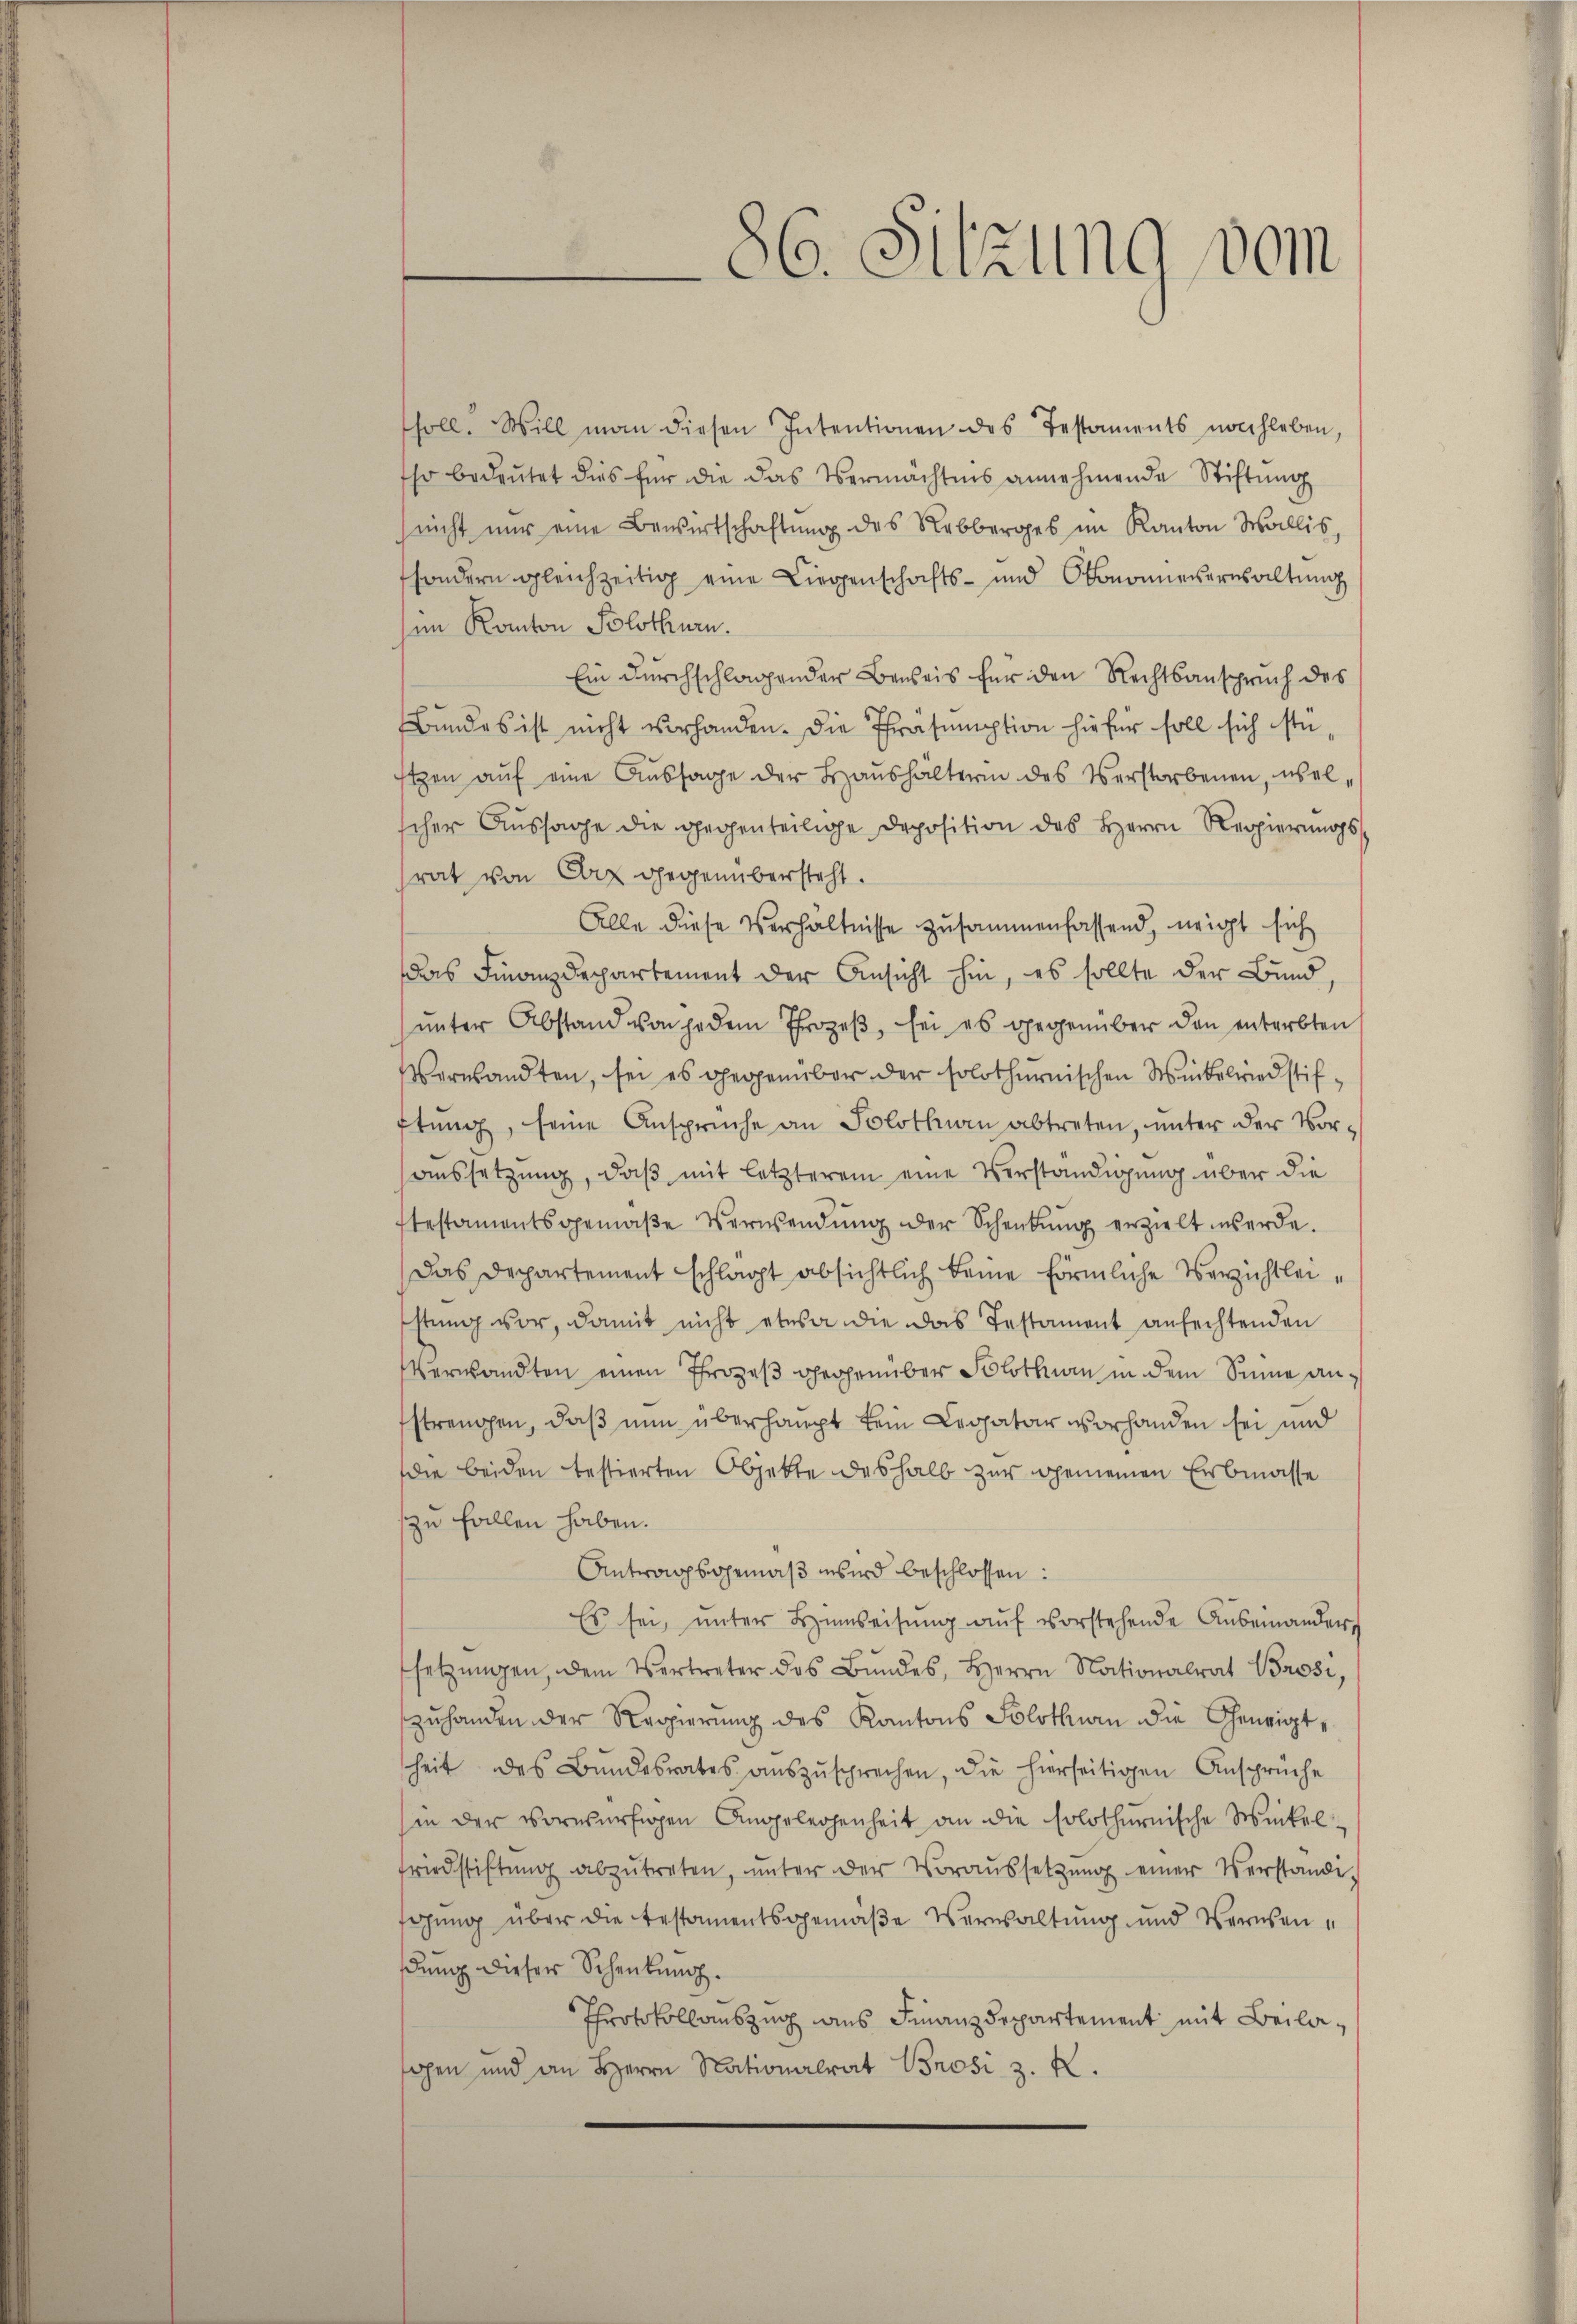
86. Sitzung vom

soll. Will man diesen Intentionen des Testaments nochleben,
Ihr bedeutet dies für die das Vermächtnis annehmende Stiftung
(nicht nur eine Bewirtschaftung des Rebberges im Kanton Wallis,
sondern gleichzeitig eine Liegenschafts- und Okonomie ernsaltung
sin Kanton Solothurn.
Ein durchschlagender Beweis für den Rechtsanspruch des
Bundes ist nicht vorhanden. Die Präsumption hiefür soll sich stetzen aŭf eine Aussage der Haushälterin des Verstorbenen, welscher Aussage die gegenteilige Deposition des Herrn Regierungssrat von Arz gegenübersteht.
Alle diese Verhältnisse zusammenfassend, neigt sich
das Finanzdepartement der Ansicht hin, es sollte der Bund
ŭnter Abstand von jedem Prozeβ, sei es gegenüber den enterbten
Verwandten, sei es gegenüber der solothurnischen Winkelriedstifftung, seine Ansprüche an Solothurn abtreten, unter der Voraussetzung, daß mit letzterem eine Verständigung über die
testamentsgemäβe Verwendŭng der Schenbŭng erzielt werde.
Das Departement schlagt absichtlich keine förmliche Verzichtleisstung vor, damit nicht etwa die das Testament anfechtenden
Verwandten einen Prozeß gegenüber Solothurn in dem Sinne anstrengen, daß nun überhaupt kein Legatar vorhanden sei und
die beiden testierten Objekte deshalb zur gemeinen Erbmasse
zu fallen haben.
Antragsgemäβ wird beschlossen:
Es sei, ŭnter Hinweisŭng aŭf vorstehende Auseinander
setzŭngen, dem Vertreter des Bŭndes, Herrn Nationalrat Brosi
zuhanden der Regierung des Kantons Solothurn die Geneigtheit des Bundesrates auszusprechen, die hierseitigen Ansprüche
in der vorwürfigen Angelegenheit an die solothurnische Winkel¬
Friedstiftŭng abzŭtreten, ŭnter der Voraŭssetzŭng einer Verständi
gung über die testamentsgemäße Verwaltung und Vernenßung dieser Schenkung.
Protokollauszug aus Finanzdepartement mit Beilasahen und an Herrn Nationalrat Brosi z. R.